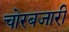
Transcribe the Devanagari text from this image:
चोरबजारी